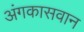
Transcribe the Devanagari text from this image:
अंगकासवान